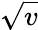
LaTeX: \sqrt{v}